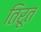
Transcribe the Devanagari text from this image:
तिरूत